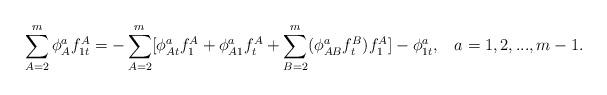
LaTeX: \begin{align*}\sum\limits_{A=2}^m\phi _A^af_{1t}^A=-\sum\limits_{A=2}^m[\phi_{At}^af_1^A+\phi _{A1}^af_t^A+\sum\limits_{B=2}^m(\phi_{AB}^af_t^B)f_1^A]-\phi _{1t}^a,\;\;\;a=1,2,...,m-1.\end{align*}